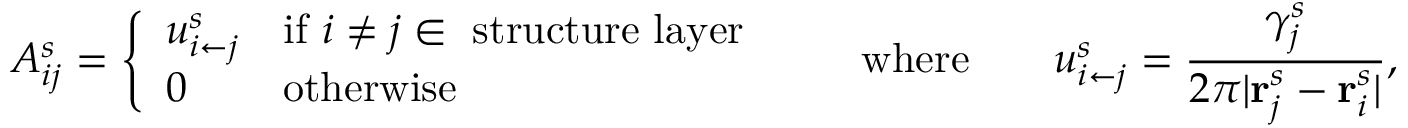
A _ { i j } ^ { s } = \left\{ \begin{array} { l l } { u _ { { i } \leftarrow { j } } ^ { s } } & { \mathrm { i f ~ } i \neq j \in ~ \mathrm { s t r u c t u r e ~ l a y e r } } \\ { 0 } & { \mathrm { o t h e r w i s e } } \end{array} \right. \quad \quad \mathrm { w h e r e } \quad \quad u _ { i \leftarrow j } ^ { s } = \frac { \gamma _ { j } ^ { s } } { 2 \pi \vert \mathbf { r } _ { j } ^ { s } - \mathbf { r } _ { i } ^ { s } \vert } ,